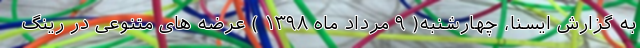
به گزارش ایسنا، چهارشنبه( ۹ مرداد ماه ۱۳۹۸ ) عرضه های متنوعی در رینگ